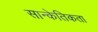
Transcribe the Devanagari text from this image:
सान्केतिकता